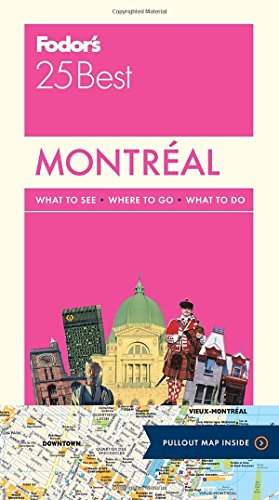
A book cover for Fodor's Montreal 25 Best (Full-color Travel Guide); Fodor's; Travel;